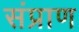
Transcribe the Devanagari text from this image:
संप्राण